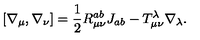
[ \nabla _ { \mu } , \nabla _ { \nu } ] = \frac { 1 } { 2 } R _ { \mu \nu } ^ { a b } J _ { a b } - T _ { \mu \nu } ^ { \lambda } \nabla _ { \lambda } .